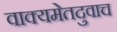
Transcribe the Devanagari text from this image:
वाक्यमेतदुवाच